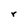
Character: r